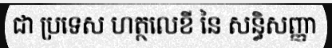
ជា ប្រទេស ហត្ថលេខី នៃ សន្ធិសញ្ញា